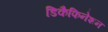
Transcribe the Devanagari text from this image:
डिकैफिनेशन